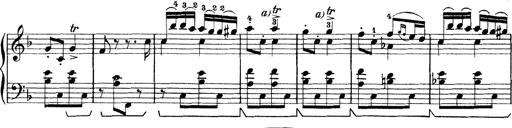
Title: Rapsodie: 19 ungheresi, 1 spagnuola
Composer: Franz Liszt